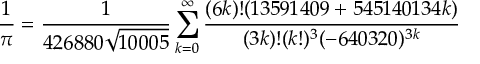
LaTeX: { \frac { 1 } { \pi } } = { \frac { 1 } { 4 2 6 8 8 0 { \sqrt { 1 0 0 0 5 } } } } \sum _ { k = 0 } ^ { \infty } { \frac { ( 6 k ) ! ( 1 3 5 9 1 4 0 9 + 5 4 5 1 4 0 1 3 4 k ) } { ( 3 k ) ! ( k ! ) ^ { 3 } ( - 6 4 0 3 2 0 ) ^ { 3 k } } }